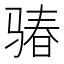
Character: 𩨁